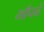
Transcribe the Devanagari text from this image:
भाँपने